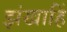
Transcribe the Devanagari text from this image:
झंखाहिं